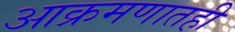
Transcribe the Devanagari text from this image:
आक्रमणातही